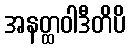
အနတ္ထဝါဒီတိပိ